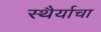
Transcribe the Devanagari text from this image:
स्थैर्याचा